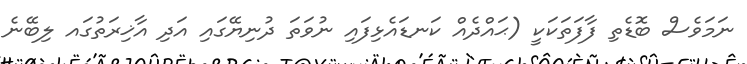
ނަމަވެސް ބޮޑެތި ފާފަތަކަކީ (ޙައްދެއް ކަނޑައެޅިފައި ނުވަތަ ދުނިޔޭގައި އަދި އާޚިރަތުގައ ލިބޭނެ